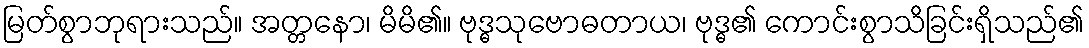
မြတ်စွာဘုရားသည်။ အတ္တနော၊ မိမိ၏။ ဗုဒ္ဓသုဗောဓတာယ၊ ဗုဒ္ဓ၏ ကောင်းစွာသိခြင်းရှိသည်၏